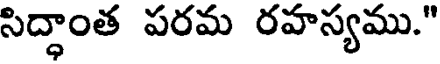
సిద్ధాంత పరమ రహస్యము."